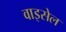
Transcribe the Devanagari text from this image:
वाइसेल